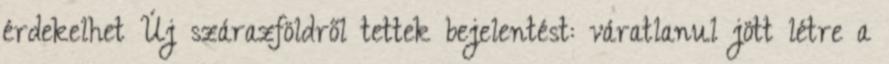
érdekelhet Új szárazföldről tettek bejelentést: váratlanul jött létre a